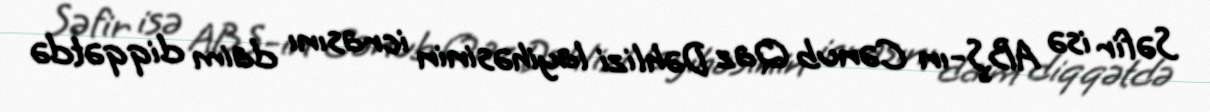
Səfir isə ABŞ-ın Cənub Qaz Dəhlizi layihəsinin icrasını daim diqqətdə